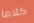
كلاما